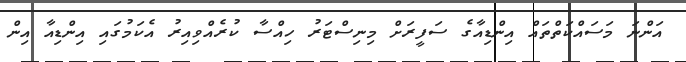
އަންނަ މަސައްކަތްތައް އިންޑިއާގެ ސަފީރަށް މިނިސްޓަރު ހިއްސާ ކުރެއްވިއިރު އެކަމުގައި އިންޑިއާ އިން